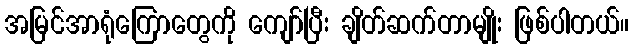
အမြင်အာရုံကြောတွေကို ကျော်ပြီး ချိတ်ဆက်တာမျိုး ဖြစ်ပါတယ်။